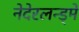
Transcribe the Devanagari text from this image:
नेदेरलन्ड्मे